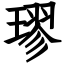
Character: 璆